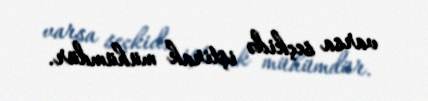
varsa seçkidə iştirak mühümdür.